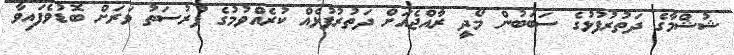
ޝުޝްމާގެ ދަތުރުފުޅުގެ ސަބަބުން މޯދީ ރާއްޖެއަށް ދަތުރުފުޅެއް ކުރެއްވުމުގެ ފުރުސަތު ވަރަށް ބޮޑުވެފައިވާ